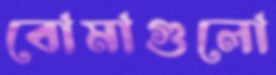
বোমাগুলো